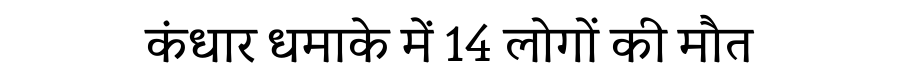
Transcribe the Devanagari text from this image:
कंधार धमाके में 14 लोगों की मौत